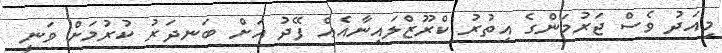
މިއަދު ވެސް ޖަރުމަންގެ އިތުރު ކްރޫޒްލައިނާއެއް ފޭދު އަށް ބަނދަރު ކުރުމަށް ވަނީ